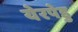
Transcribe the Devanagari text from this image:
येरपेडु